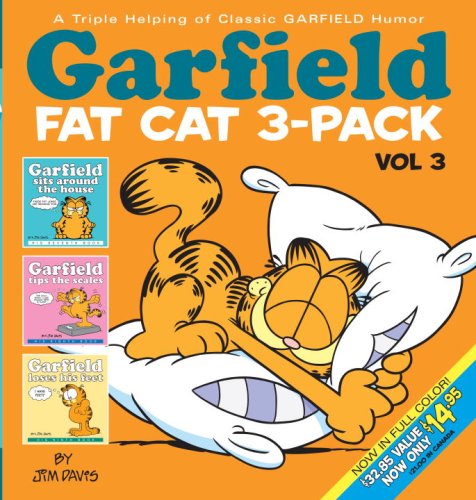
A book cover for Garfield Fat Cat 3-Pack #3: A Triple Helping of Classic GARFIELD Humor Vol 3; Jim Davis; Humor & Entertainment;